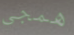
همجي